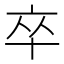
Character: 卒